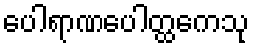
ပေါရာဏပေါတ္ထကေသု